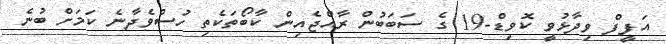
އަފީފް ވިދާޅުވީ ކޮވިޑް-19 ގެ ސަބަބުން ރާއްޖެއިން ކާބޯތަކެތި ހުސްވެދާނެ ކަމަށް ބުނެ